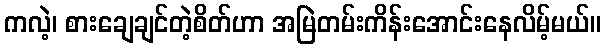
ကလဲ့၊ စားချေချင်တဲ့စိတ်ဟာ အမြဲတမ်းကိန်းအောင်းနေလိမ့်မယ်။